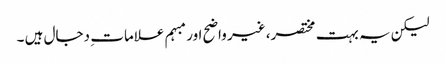
لیکن یہ بہت مختصر، غیر واضح اور مبہم علامات ِ دجال ہیں ۔